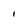
Character: I